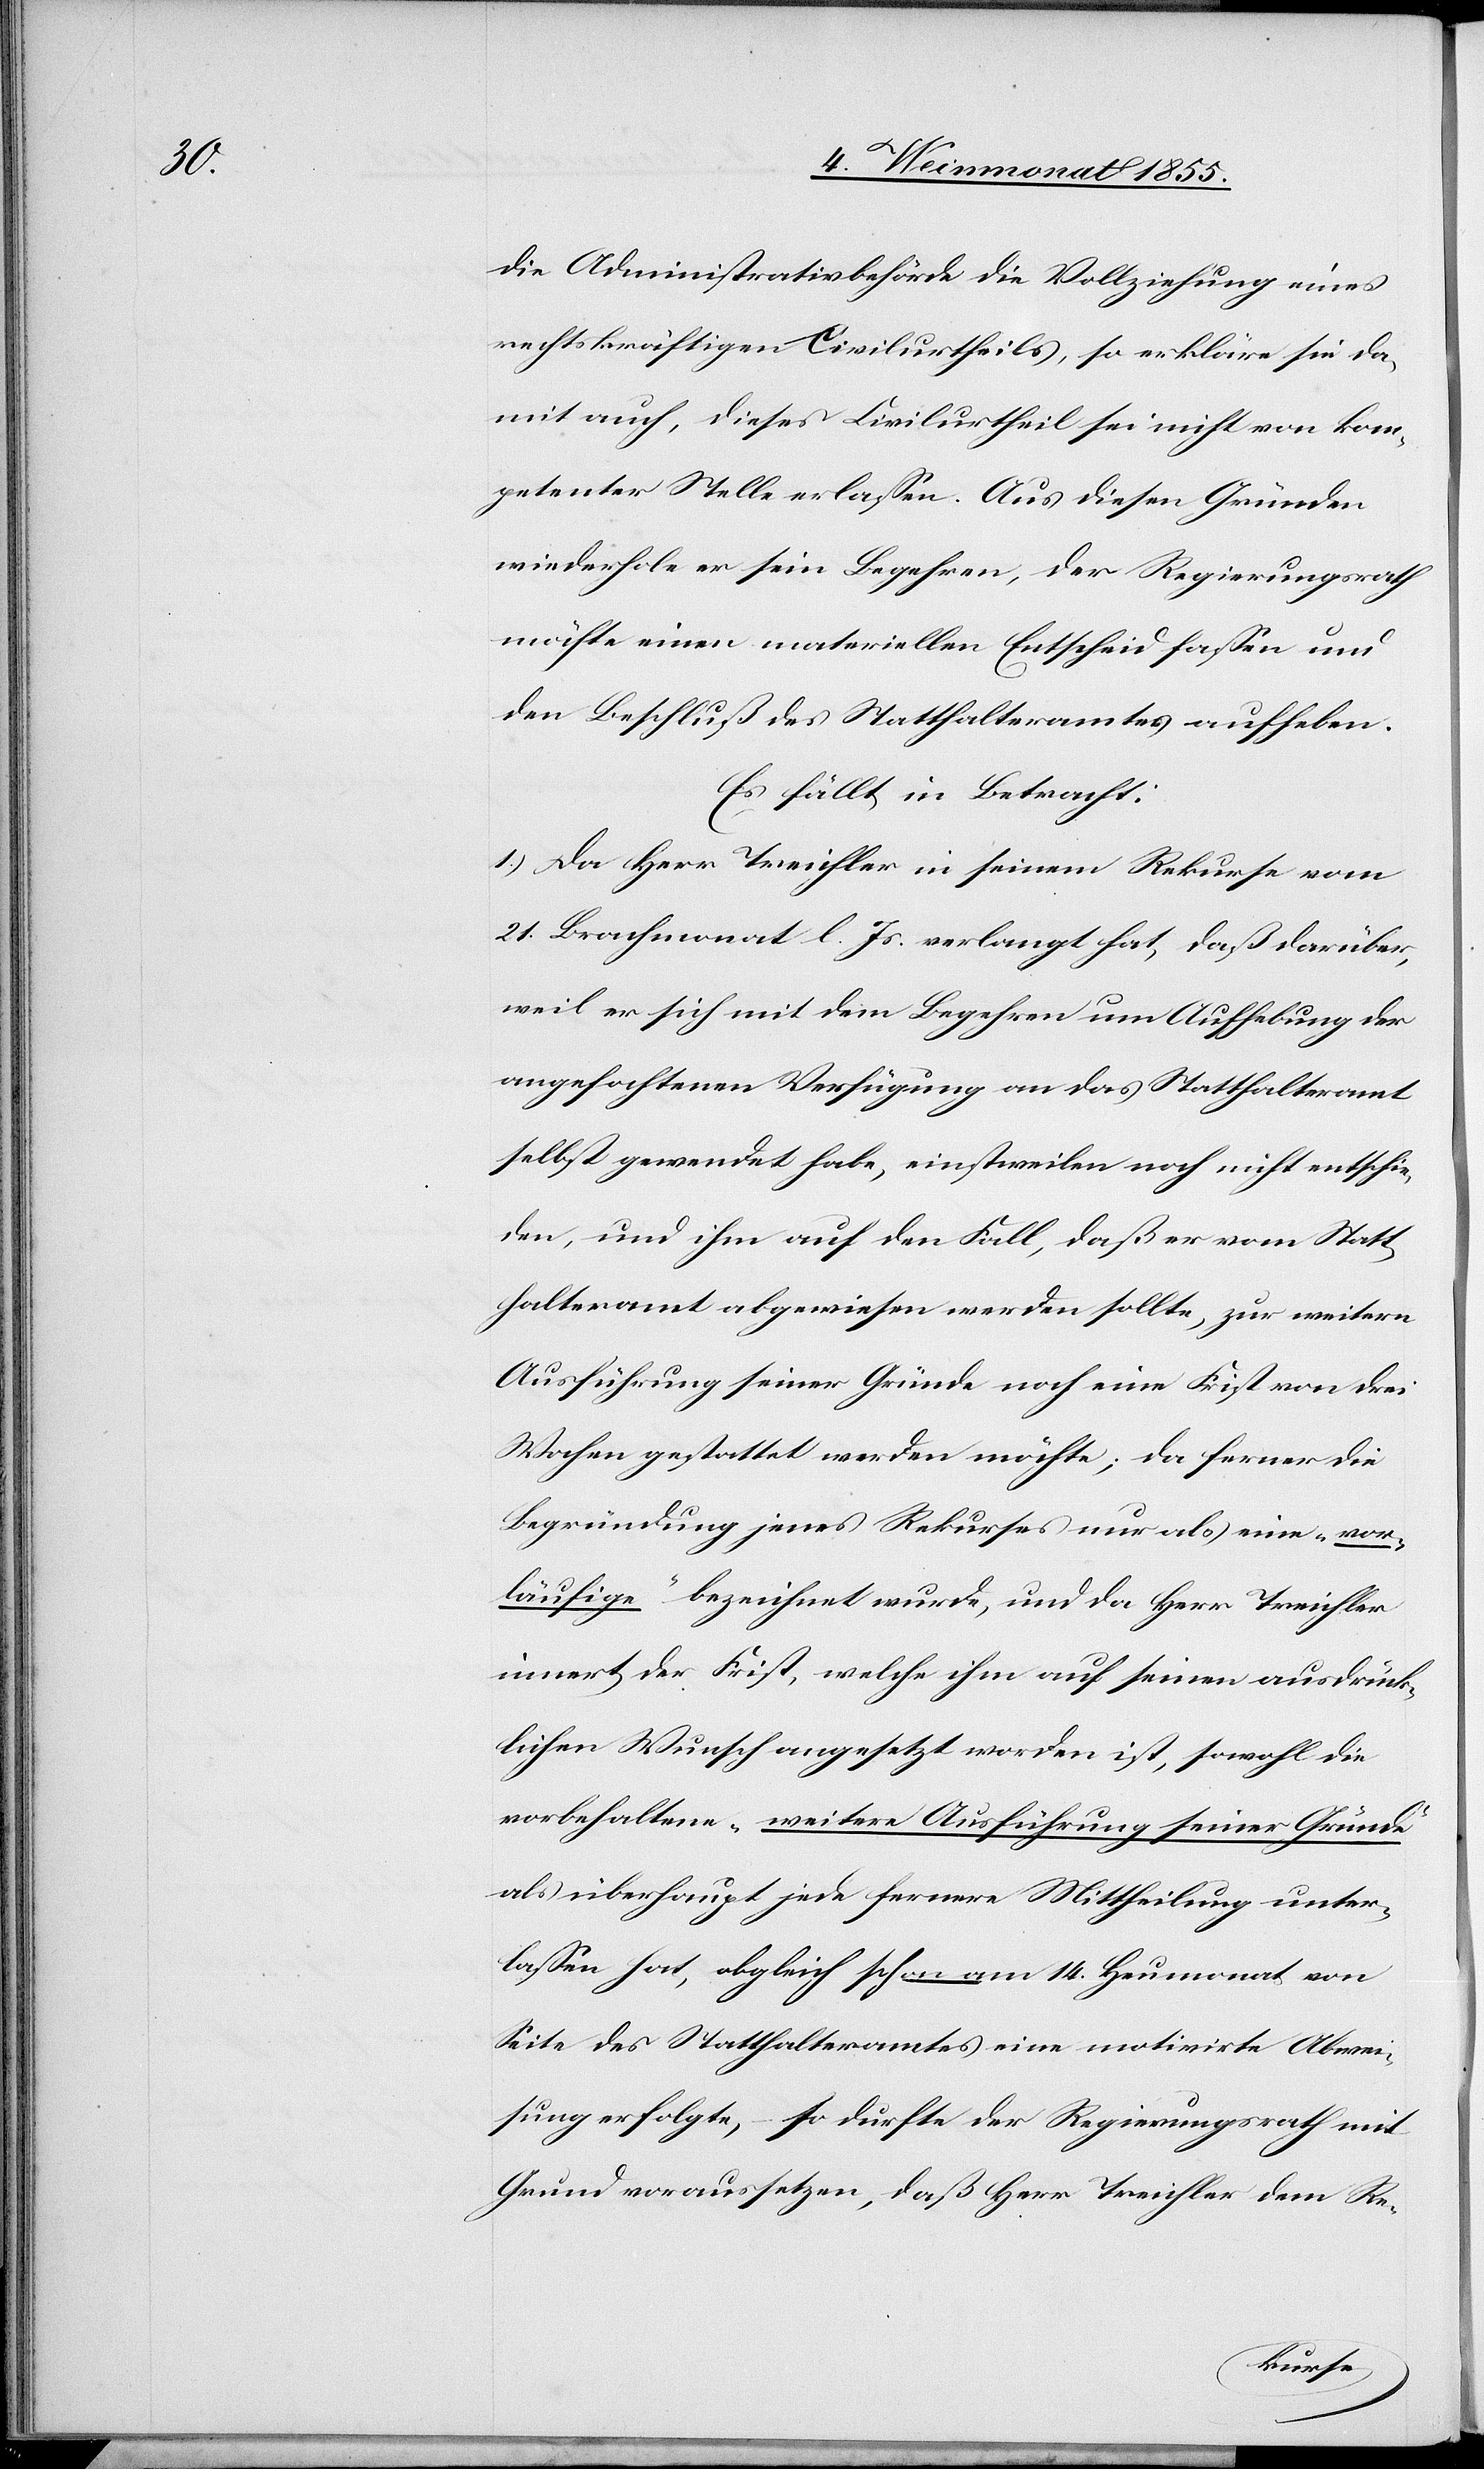
die Administrativbehörde die Vollziehung eines
rechtskräftigen Civilurtheils, so erkläre sie da¬
mit auch, dieses Civilurtheil sei nicht von kom¬
petenter Stelle erlassen. Aus diesen Gründen
wiederhole er sein Begehren, der Regierungsrath
möchte einen materiellen Entscheid fassen und
den Beschluß des Statthalteramtes aufheben.
Es fällt in Betracht:
1.) Da Herr Treichler in seinem Rekurse vom
21. Brachmonat l. Js. verlangt hat, daß darüber,
weil er sich mit dem Begehren um Aufhebung der
angefochtenen Verfügung an das Statthalteramt
selbst gewendet habe, einstweilen noch nicht entschie¬
den, und ihm auf den Fall, daß er vom Statt¬
halteramt abgewiesen werden sollte, zur weitern
Ausführung seiner Gründe noch eine Frist von drei
Wochen gestattet werden möchte; da ferner die
Begründung jenes Rekurses nur als eine „vor¬
läufige“ bezeichnet wurde, und da Herr Treichler
innert der Frist, welche ihm auf seinen ausdrück¬
lichen Wunsch angesetzt worden ist, sowohl die
vorbehaltene „weitere Ausführung seiner Gründe“
als überhaupt jede fernere Mittheilung unter¬
lassen hat, obgleich schon am 14. Heumonat von
Seite des Statthalteramtes eine motivirte Abwei¬
sung erfolgte, – so durfte der Regierungsrath mit
Grund voraussetzen, daß Herr Treichler dem Re-